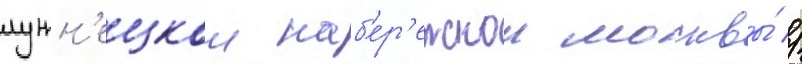
лужн'ецкои наб'ер'ежнои москвы́ //